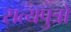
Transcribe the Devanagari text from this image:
सत्यपुत्रों